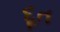
દૂત